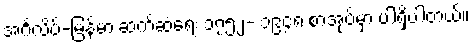
အင်္ဂလိပ်-မြန်မာ ဆက်ဆံရေး ၁၇၅၂- ၁၉၄၈ စာအုပ်မှာ ပါရှိပါတယ်။